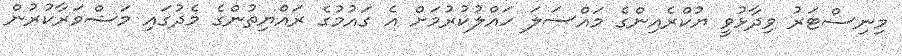
މިނިސްޓަރު ވިދާޅުވީ ޔުކްރެއިންގެ މައްސަލަ ހައްލުކުރުމަށް އެ ގައުމުގެ ރައްޔިތުންގެ މެދުގައި މަޝްވަރާކުރުން